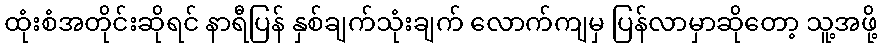
ထုံးစံအတိုင်းဆိုရင် နာရီပြန် နှစ်ချက်သုံးချက် လောက်ကျမှ ပြန်လာမှာဆိုတော့ သူ့အဖို့